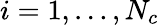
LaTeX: i=1,\dots,N_{c}